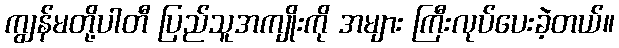
ကျွန်မတို့ပါတီ ပြည်သူအကျိုးကို အများ ကြီးလုပ်ပေးခဲ့တယ်။